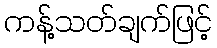
ကန့်သတ်ချက်ဖြင့်